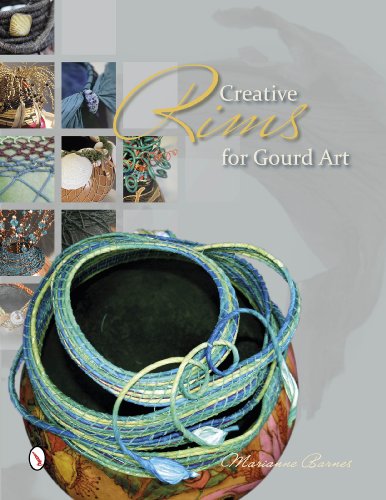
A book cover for Creative Rims for Gourd Art; Marianne Barnes; Crafts, Hobbies & Home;